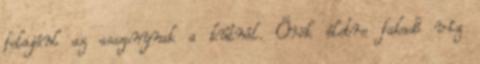
felajánl az asszonynak a kútnál. Örök életre fakadó víz